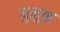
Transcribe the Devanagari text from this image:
मुलुक